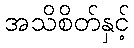
အသိစိတ်နှင့်